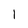
Character: 1